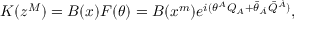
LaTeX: K ( z ^ { M } ) = B ( x ) F ( \theta ) = B ( x ^ { m } ) e ^ { i ( \theta ^ { A } Q _ { A } + \bar { \theta } _ { \dot { A } } \bar { Q } ^ { \dot { A } } ) } ,